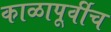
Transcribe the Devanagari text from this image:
काळापूर्वीच